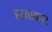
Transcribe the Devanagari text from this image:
हस्ताकार